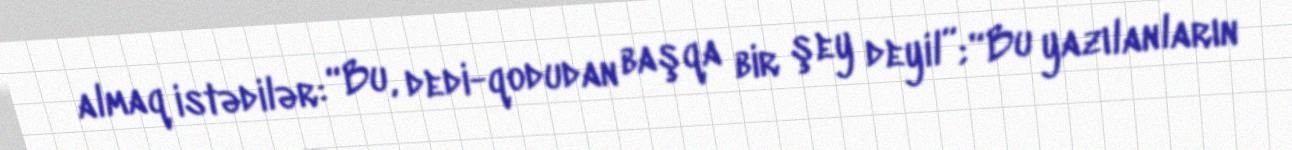
almaq istədilər: “Bu, dedi-qodudan başqa bir şey deyil”; “Bu yazılanların